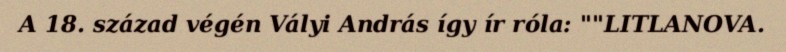
A 18. század végén Vályi András így ír róla: ""LITLANOVA.